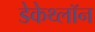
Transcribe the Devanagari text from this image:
डेकेथ्लॉन